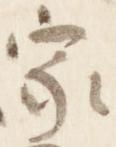
家